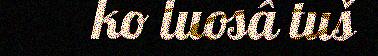
ko luosâ tuš